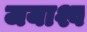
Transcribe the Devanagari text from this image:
जयाश्व